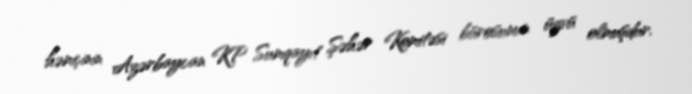
həmçinin Azərbaycan KP Sumqayıt Şəhər Komitəsi bürosunun üzvü olmuşdur.